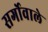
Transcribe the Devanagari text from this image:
सर्गोवाले